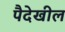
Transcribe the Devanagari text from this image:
पैदेखील